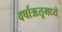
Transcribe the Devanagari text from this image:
वर्षाऋतूमध्ये